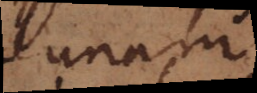
unum